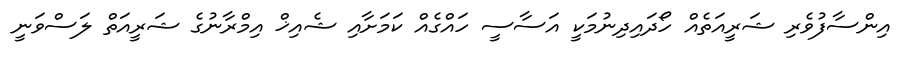
އިންސާފުވެރި ޝަރީއަތެއް ހޯދައިދިނުމަކީ އަސާސީ ހައްގެއް ކަމަށާއި ޝެއިޚް އިމްރާނުގެ ޝަރީއަތް ލަސްވަނީ